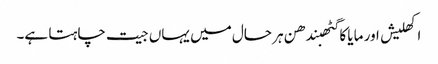
اکھلیش اور مایا کا گٹھبندھن ہر حال میں یہاں جیت چاہتا ہے۔